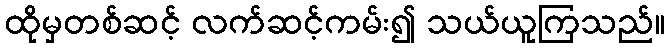
ထိုမှတစ်ဆင့် လက်ဆင့်ကမ်း၍ သယ်ယူကြသည်။